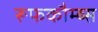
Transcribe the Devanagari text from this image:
रूफकौम्ब्स